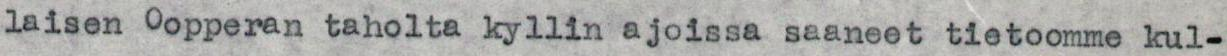
laisen Oopperan taholta kyllin ajoissa saaneet tietoomme kul-